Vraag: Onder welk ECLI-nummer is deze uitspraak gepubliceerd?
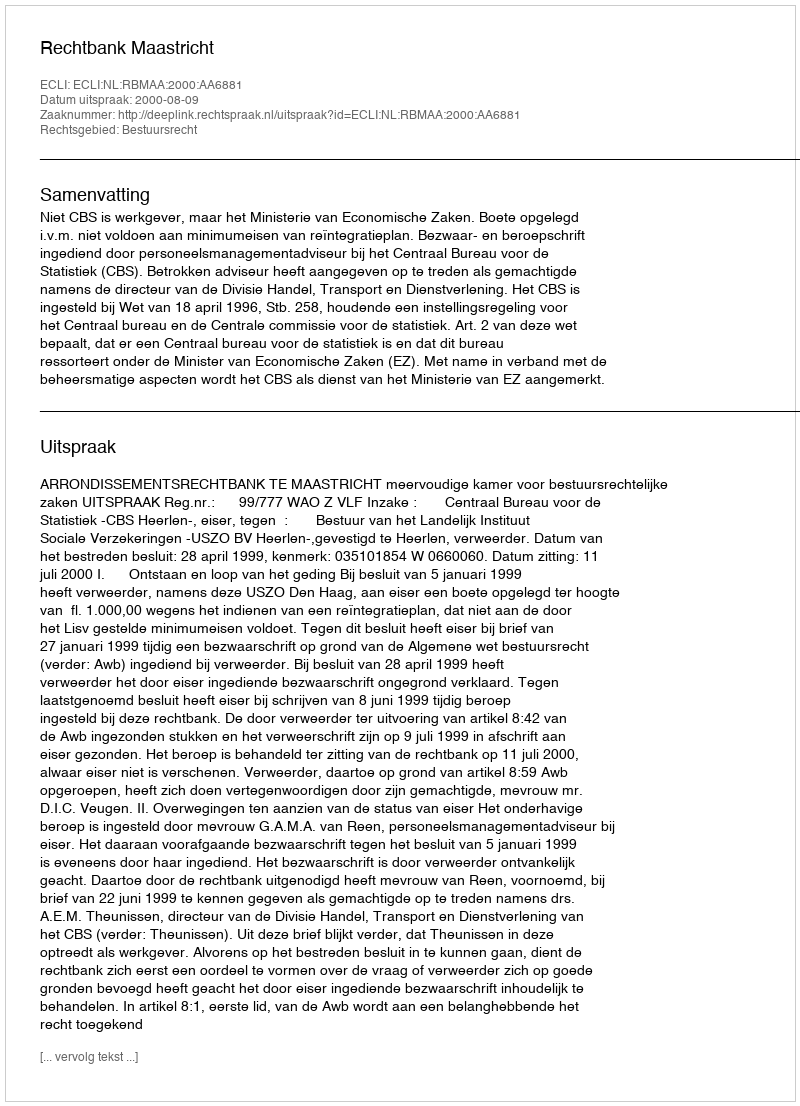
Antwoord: ECLI:NL:RBMAA:2000:AA6881